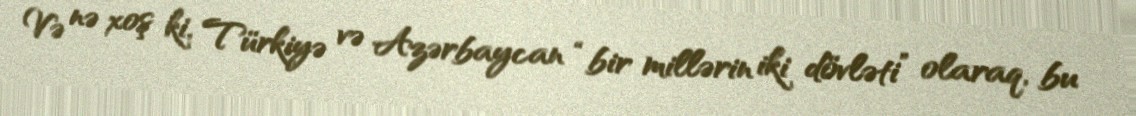
Və nə xoş ki, Türkiyə və Azərbaycan “bir millərin iki dövləti” olaraq, bu